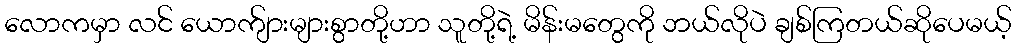
လောကမှာ လင် ယောက်ျားများစွာတို့ဟာ သူတို့ရဲ့ မိန်းမတွေကို ဘယ်လိုပဲ ချစ်ကြတယ်ဆိုပေမယ့်